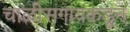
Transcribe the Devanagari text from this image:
चाळीसगावकडून